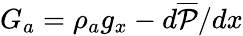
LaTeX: G_{a}=\rho_{a}g_{x}-d\overline{{\mathcal{P}}}/dx